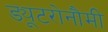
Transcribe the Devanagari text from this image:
ड्यूटरोनौमी